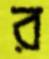
র